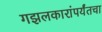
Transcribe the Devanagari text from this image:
गझलकारांपर्यंतचा